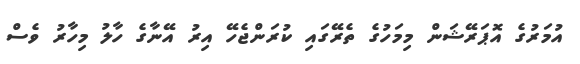
އުމަރުގެ އޮޕަރޭޝަން މިމަހުގެ ތެރޭގައި ކުރަންޖެހޭ އިރު އޭނާގެ ހާލު މިހާރު ވެސް